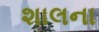
શાલના